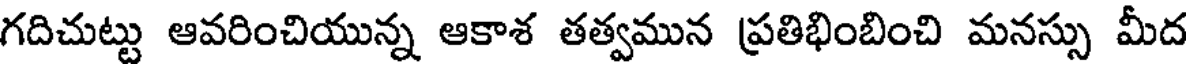
గదిచుట్టు ఆవరించియున్న ఆకాశ తత్వమున ప్రతిభింబించి మనస్సు మీద